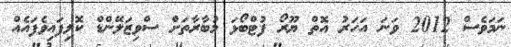
ނަމަވެސް 2012 ވަނަ އަހަރު އޮތް ޔޫރޯ ފުޓްބޯޅަ މުބާާރާތަށް ސްވިޒަލޭންޑް ކޮލިފައިވެފައެއް